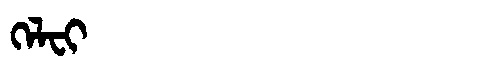
Manchu: ᡴᡝᠯᠸᡳ
Romanization: KELFI